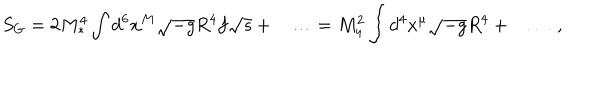
LaTeX: S _ { G } = 2 M _ { * } ^ { 4 } \int d ^ { 6 } x ^ { M } \sqrt { - g } R ^ { 4 } f \sqrt { s } + \ldots = M _ { 4 } ^ { 2 } \int d ^ { 4 } x ^ { \mu } \sqrt { - g } R ^ { 4 } + \ldots \ ,